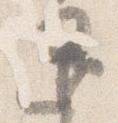
退